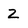
Character: Z